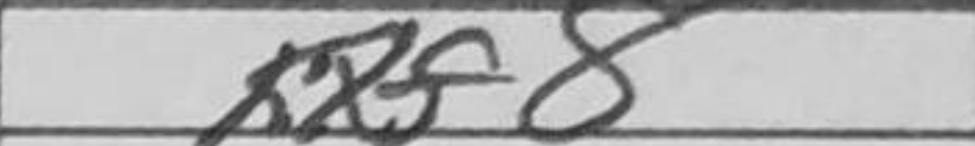
Transcription: Kxf8